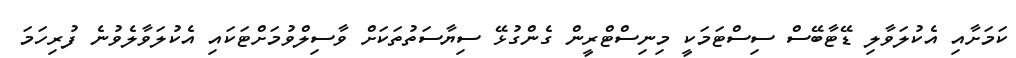
ކަމަށާއި އެކުލަވާލި ޑޭޓާބޭސް ސިސްޓަމަކީ މިނިސްޓްރީން ގެންގުޅޭ ސިޔާސަތުތަކަށް ވާސިލްވުމަށްޓަކައި އެކުލަވާލެވުނެ ފުރިހަމަ